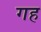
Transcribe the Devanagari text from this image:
गह